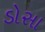
ડોસા